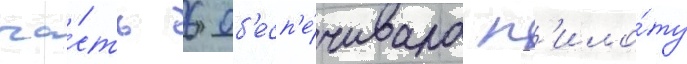
ча́сть 6 об'есп'е́чивала п'ило́ту